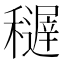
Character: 𥣦